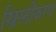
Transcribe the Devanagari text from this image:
ख्रिस्तीकरण